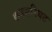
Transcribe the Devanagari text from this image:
कमसरियट